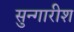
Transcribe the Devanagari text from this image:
सुन्गारीश